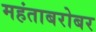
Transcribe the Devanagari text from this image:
महंताबरोबर